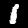
Digit: 1